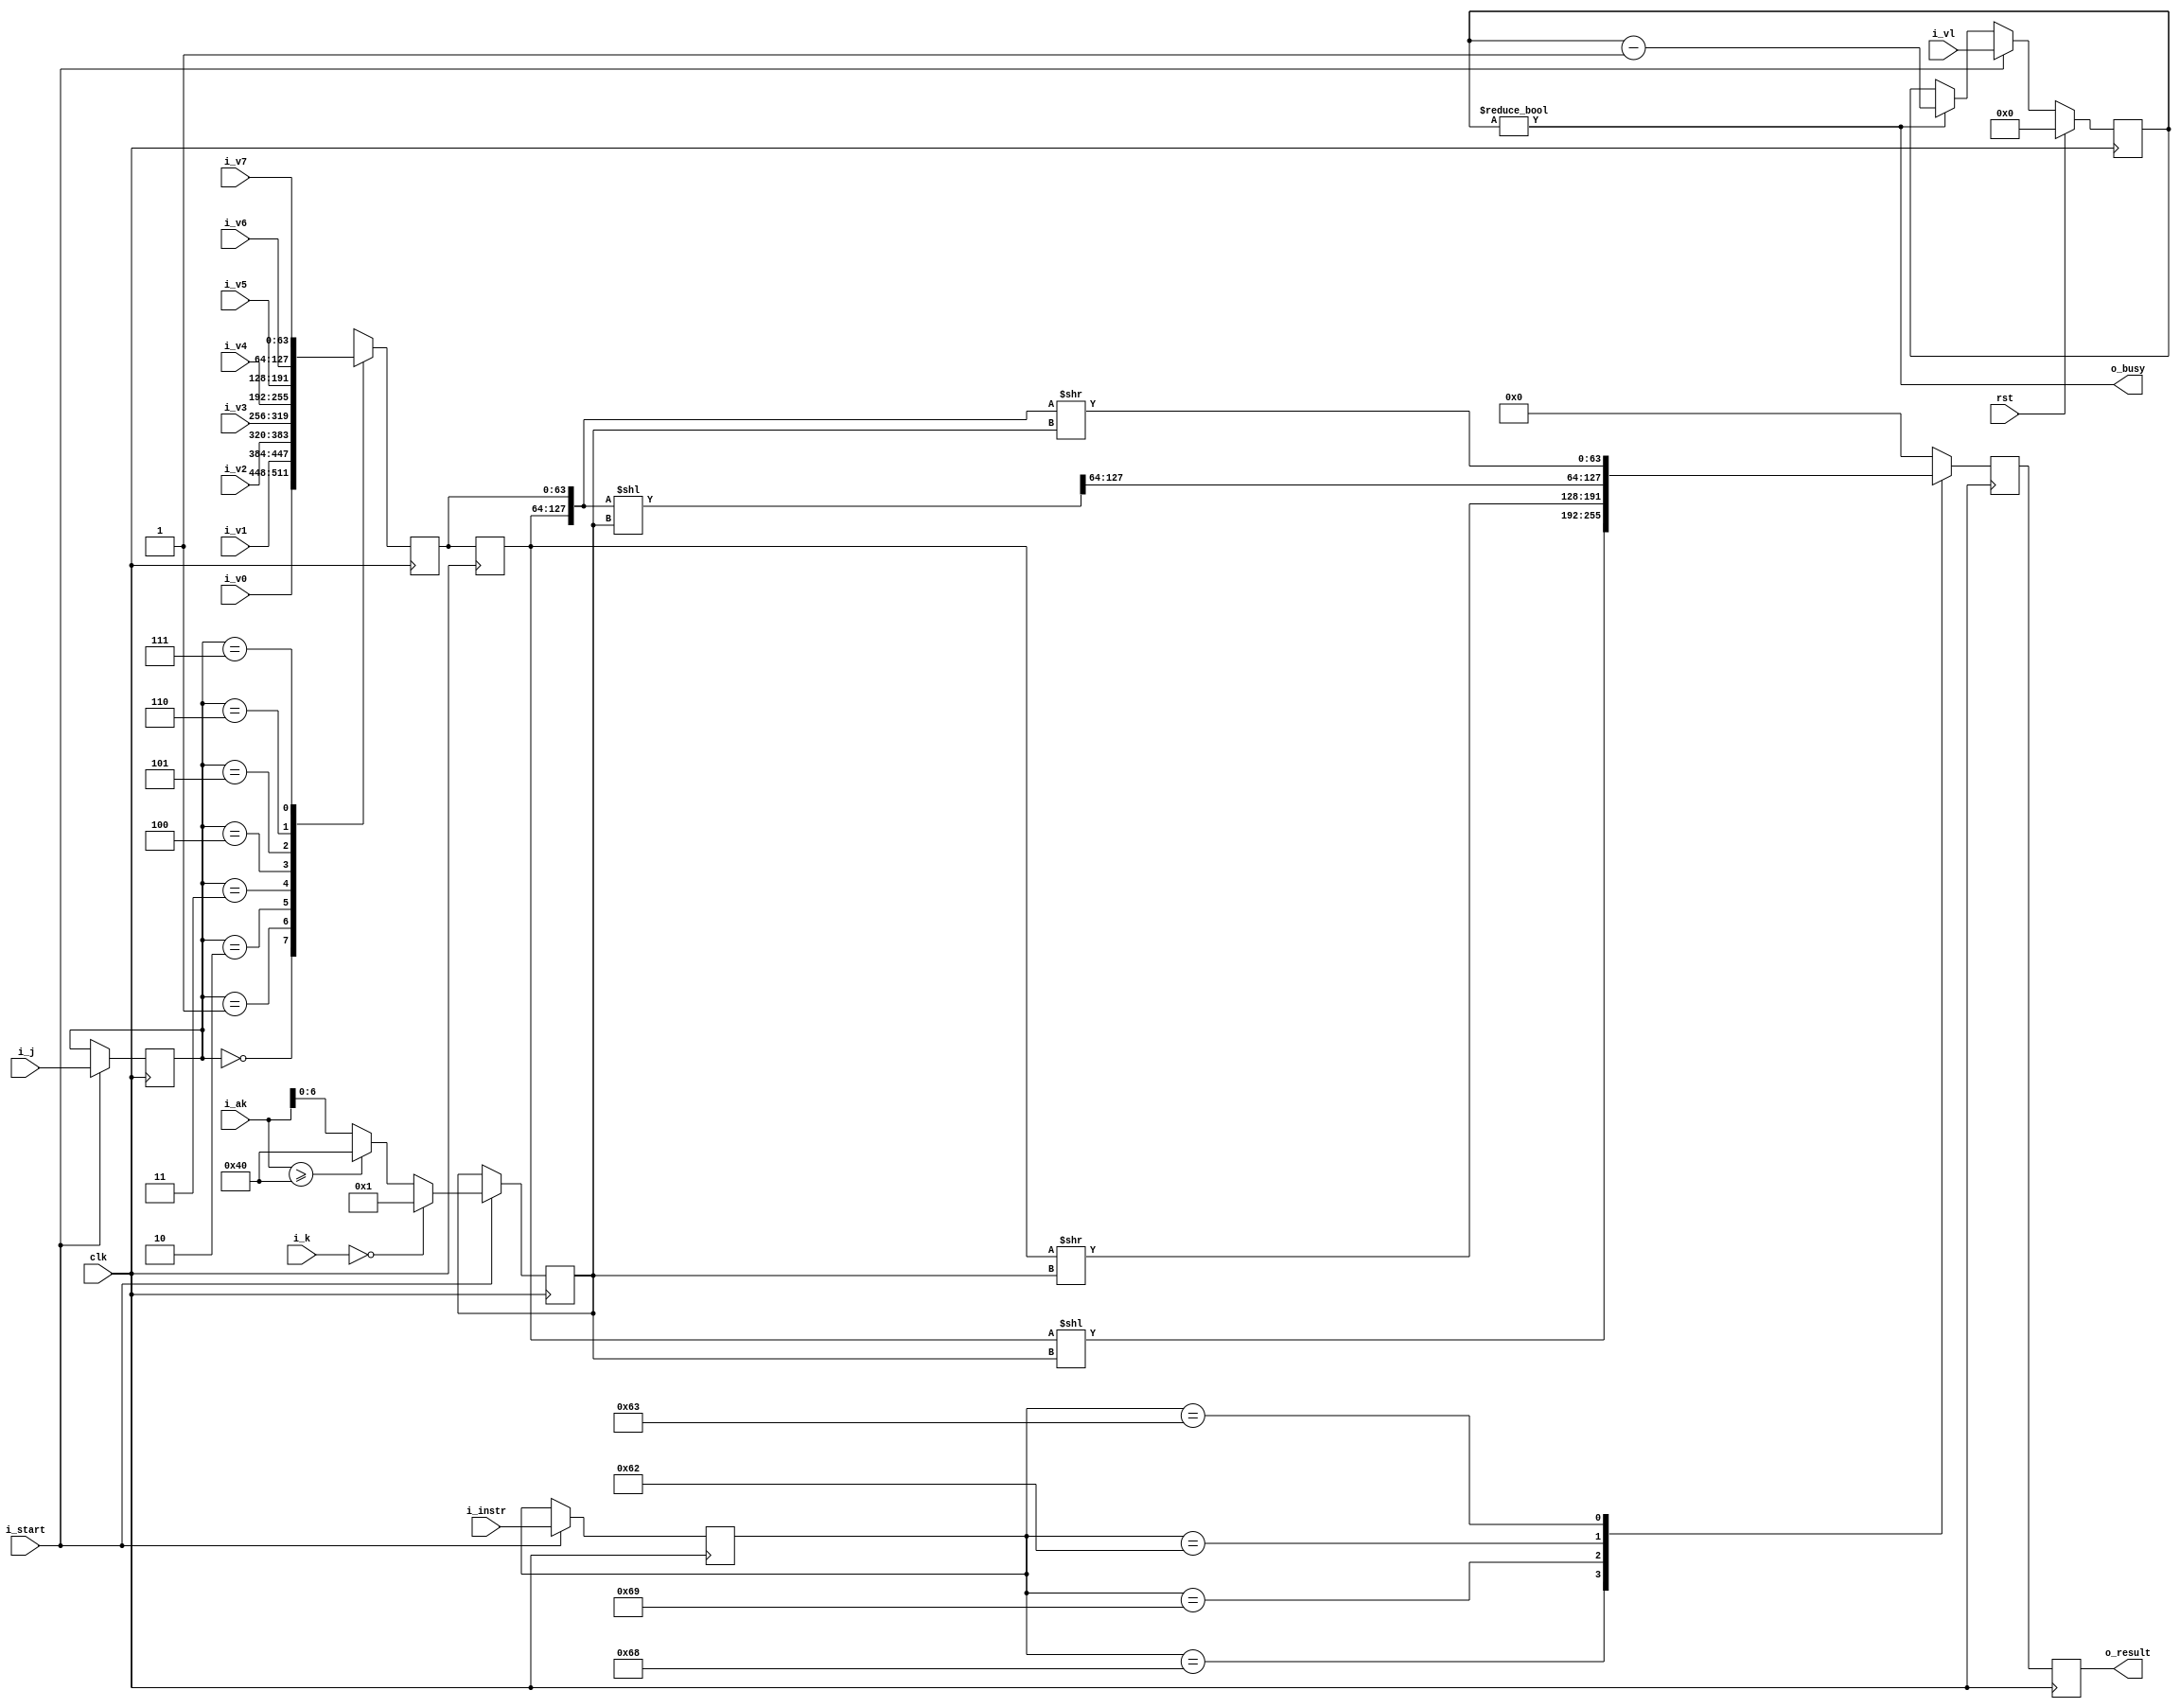
module vector_shift(clk, rst,i_start, i_vl, i_j, i_v0,i_v1,i_v2,i_v3,i_v4,i_v5,i_v6,i_v7, i_ak, i_instr, i_k, o_result, o_busy);

    input wire        clk;
	 input wire        rst;
    input wire        i_start;
	 input wire [6:0]  i_vl;
    input wire [63:0] i_v0;
    input wire [63:0] i_v1;        
    input wire [63:0] i_v2;
    input wire [63:0] i_v3;
    input wire [63:0] i_v4;
    input wire [63:0] i_v5;
    input wire [63:0] i_v6;
    input wire [63:0] i_v7;
    input wire [23:0] i_ak;
    input wire [6:0]  i_instr;
    input wire [2:0]  i_k;
	 input wire [2:0]  i_j;
    output reg [63:0] o_result;
	 output wire       o_busy;

    reg [6:0]  temp_instr;
    reg [6:0]  temp_ak;
    reg [63:0] vj0, vj1;
	 reg [2:0]  cur_j;
    reg [63:0] temp_result;
    reg [63:0] comb_result;
    wire [127:0] double_vj;
    wire [127:0] rshift_d_vj;
    wire [127:0] lshift_d_vj;
    reg  [6:0]   reservation_time;
    wire         bigger_than_64; 
	 wire [63:0] v_rd_data [7:0];

localparam S_LSHIFT = 7'b1101000,       //single left shift
           S_RSHIFT = 7'b1101001,       //single right shift
           D_LSHIFT = 7'b1100010,       //double left shift
           D_RSHIFT = 7'b1100011;       //double right shift
     
assign v_rd_data[0] = i_v0;
assign v_rd_data[1] = i_v1;
assign v_rd_data[2] = i_v2;
assign v_rd_data[3] = i_v3;
assign v_rd_data[4] = i_v4;
assign v_rd_data[5] = i_v5;
assign v_rd_data[6] = i_v6;
assign v_rd_data[7] = i_v7;


//Set up the reservation system so that we report when we're busy
assign o_busy = (reservation_time != 7'b0);
always@(posedge clk)
   if(rst)
	   reservation_time <= 7'b0;
   else if(i_start)
	   reservation_time <= i_vl; //(i_vl > 7'b0000100) ? (i_vl + 7'b0000100) : (7'b0000101 + 7'b0000100);
	else if(reservation_time != 7'b0)
	   reservation_time <= reservation_time - 7'b1;
		
		
//grab the instruction and Ak value when we start a new vector operation
always@(posedge clk)
   if(i_start)
   begin
      temp_instr <= i_instr;                        //grab the instruction
      temp_ak    <= (i_k==3'b000) ? 7'b1 : (bigger_than_64 ? 7'b1000000 : i_ak[6:0]);   //grab Ak (k==0 is special case => Ak=1), max out at 64
      cur_j      <= i_j;
   end

//figure out if Ak wants us to shift 64 places or more
assign bigger_than_64 = i_ak >= 24'b1000000;

always@(posedge clk)
begin
   vj0         <= v_rd_data[cur_j];      //grab the new Vj input, and buffer it for 1 cycle
   vj1         <= vj0;       //Vj1 will provide the operand the for shift operation
   temp_result <= comb_result;
   o_result    <= temp_result;
end

assign double_vj  = {vj1,vj0};
assign rshift_d_vj = double_vj >> temp_ak;
assign lshift_d_vj = double_vj << temp_ak; 

always@*
begin
   case(temp_instr)
      S_LSHIFT:comb_result = vj1 << temp_ak;
      S_RSHIFT:comb_result = vj1 >> temp_ak;
      D_LSHIFT:comb_result = lshift_d_vj[127:64];
      D_RSHIFT:comb_result = rshift_d_vj[63:0];
		default: comb_result = 64'b0;
   endcase
end


endmodule